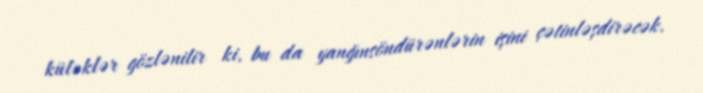
küləklər gözlənilir ki, bu da yanğınsöndürənlərin işini çətinləşdirəcək.